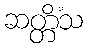
ဆတ္တိံသ